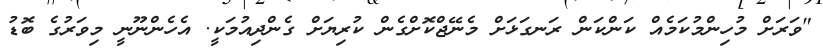
"ވަރަށް މުހިންމުކަމެއް ކަންކަން ރަނގަޅަށް މެނޭޖްކޮށްގެން ކުރިޔަށް ގެންދިއުމަކީ. އެހެންނޫނީ މިވަރުގެ ބޮޑު